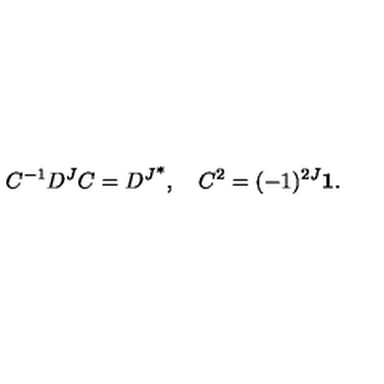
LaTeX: C ^ { - 1 } D ^ { J } C = { D ^ { J } } ^ { * } , \quad C ^ { 2 } = ( - 1 ) ^ { 2 J } { \bf 1 } .